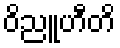
ဝိညူဟီတိ